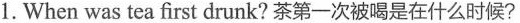
1.When was tea first drunk?茶第一次被喝是在什么时候?